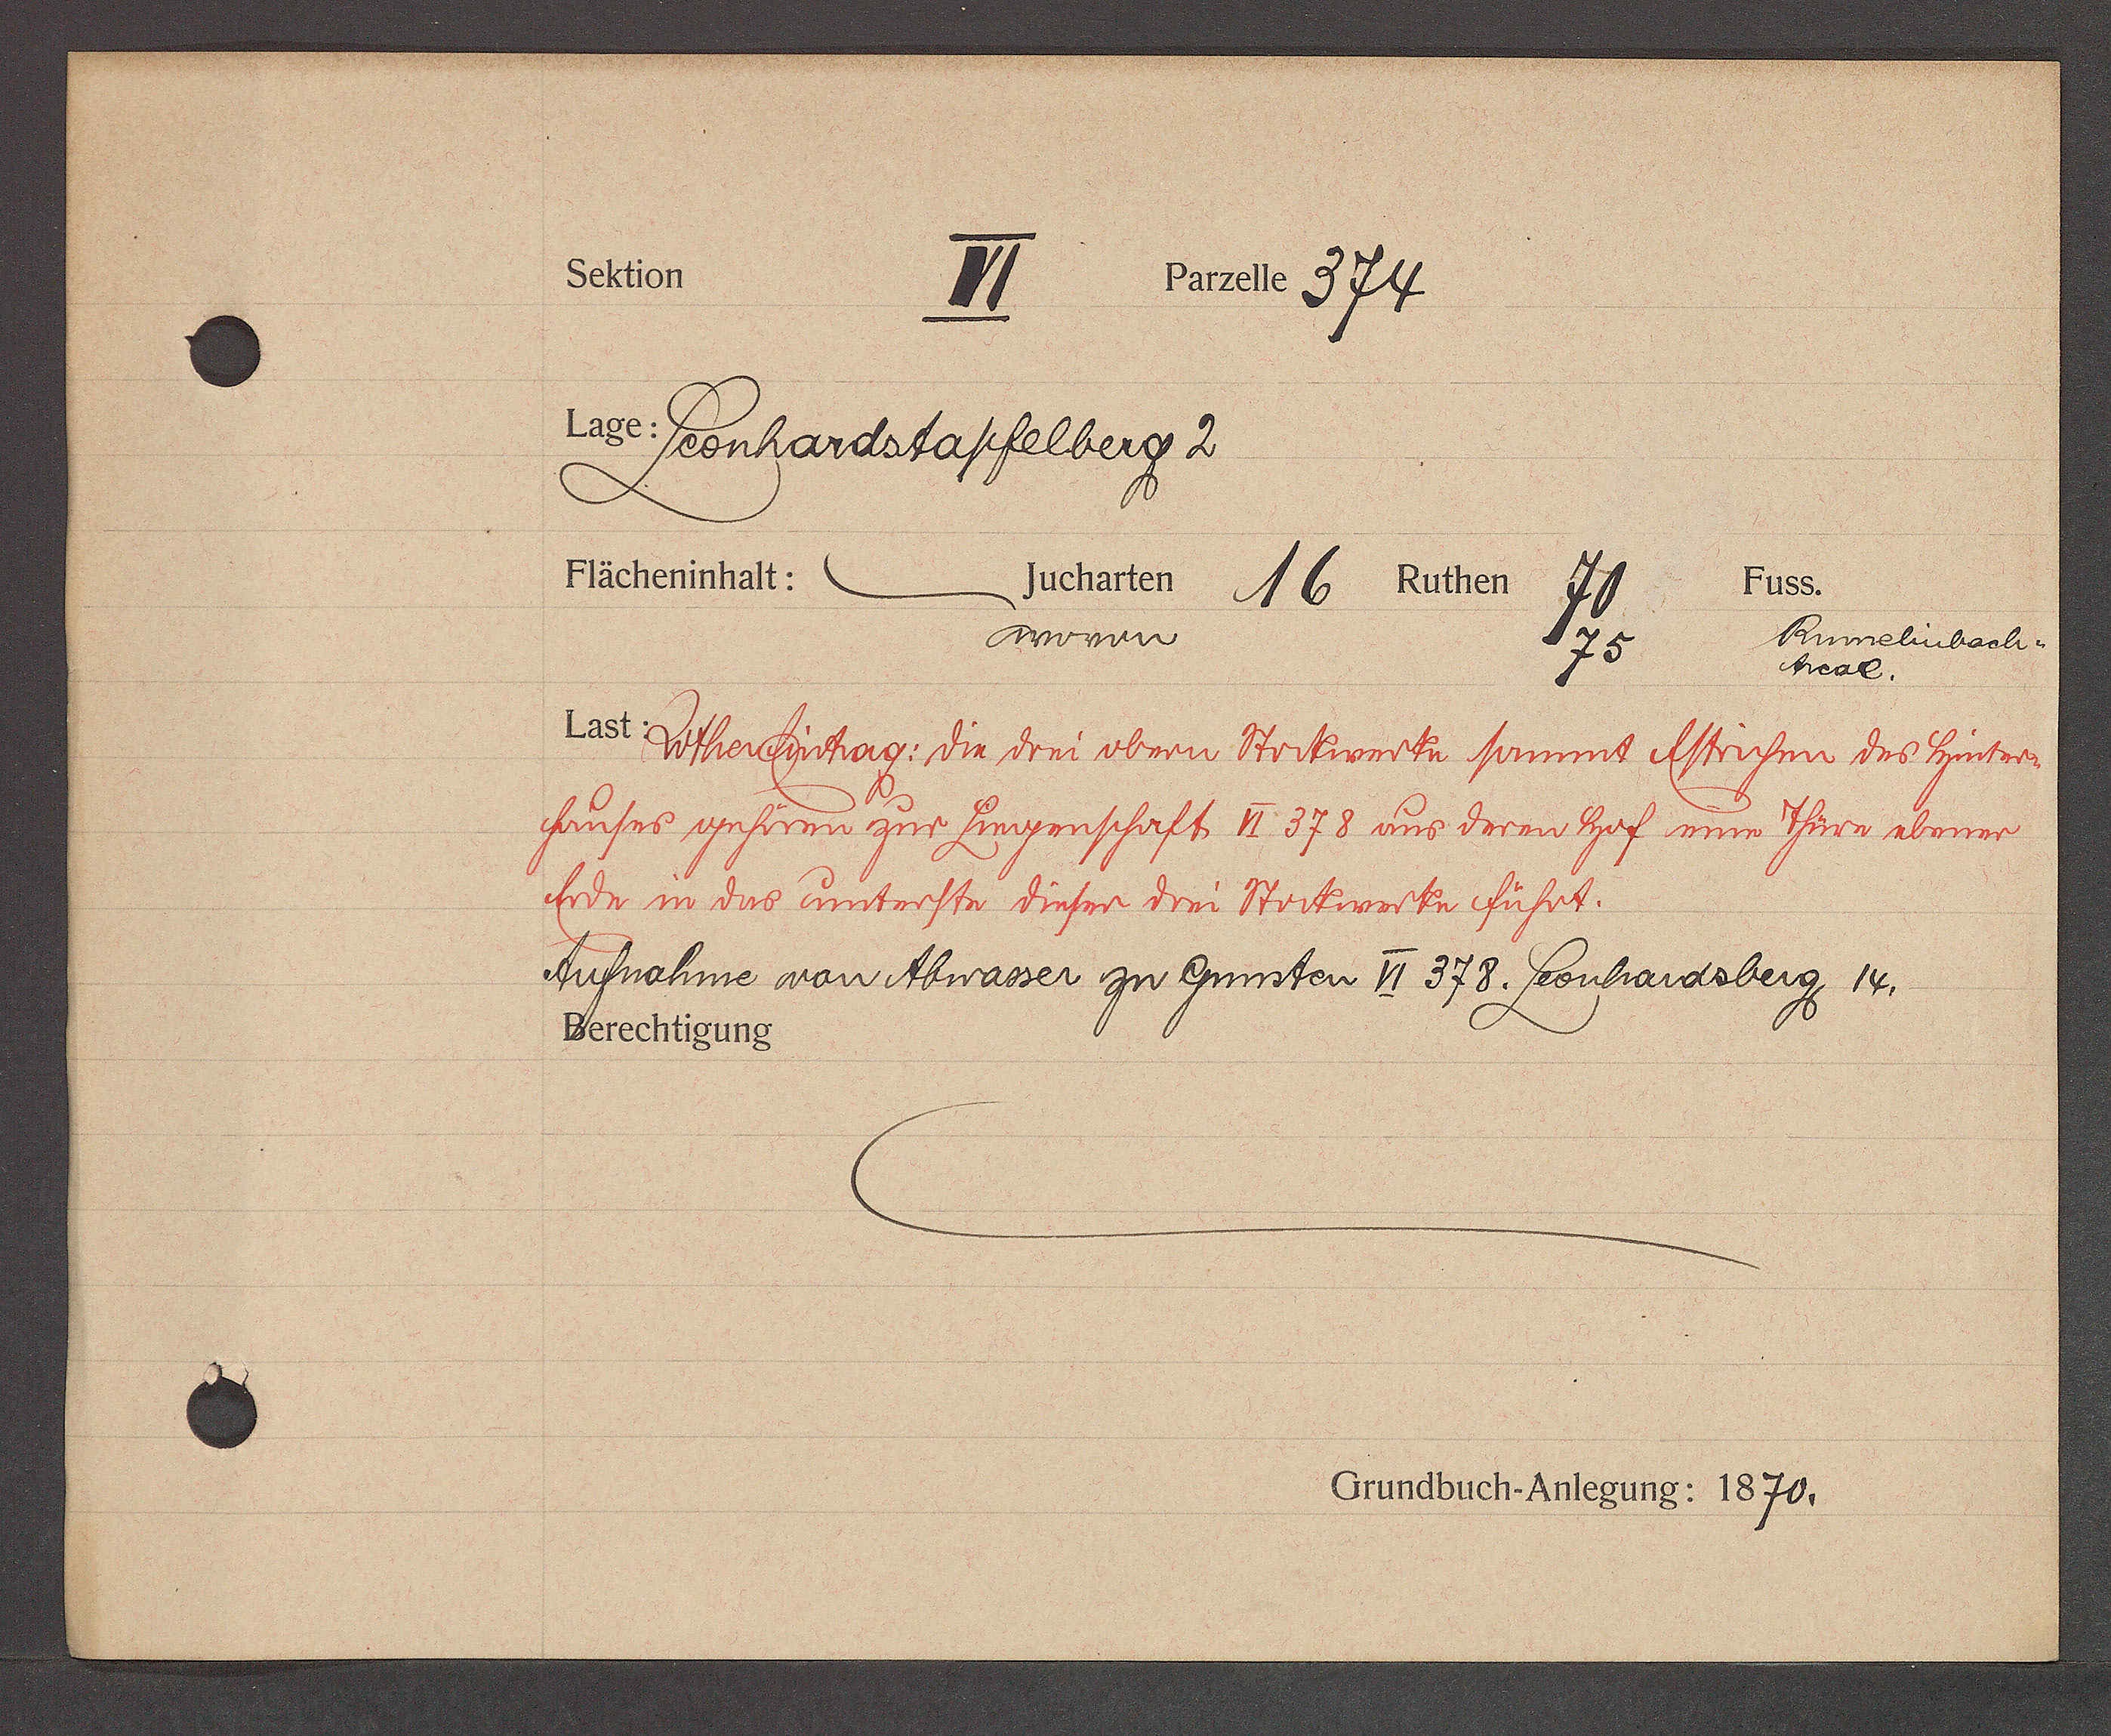
Transcript:
Sektion
Fanelo 374
ɋ
N Peonhardstaffelberg 2
Flächeninhalt:
Fuss.
jucharten 16 Ruthen
hwmun
Rumselinbach.
7
Scal.
Vor Ufbercfestrarg: dir sini obenn Wortronter prnnt Atrüfin 300 Zintw
frnfno sprfrnn zu hungompprft I. 378 uno dran Huf min Uron abonn
fiti im dro Cntouftr Fifr Drin Woitmfen füprt.
Küfnrahme von Abwasser zu Gnnten I 378 feonfardsberg 14.
Berechtigung
Grundbuch-Anlegung: 1870.